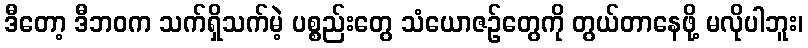
ဒီတော့ ဒီဘဝက သက်ရှိသက်မဲ့ ပစ္စည်းတွေ သံယောဇဉ်တွေကို တွယ်တာနေဖို့ မလိုပါဘူး၊